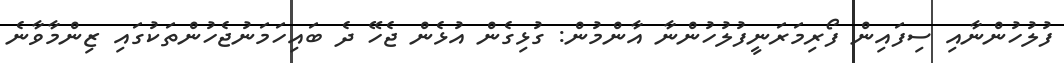
ފުލުހުންނާއި ސިފައިން ފޯރިމަރަނީފުލުހުންނާ އާންމުން: ގުޅިގެން އުޅެން ޖެހޭ ދެ ބައިހަމަނުޖެހުންތަކުގައި ޒިންމާވާނެ